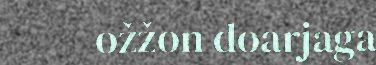
ožžon doarjaga